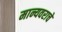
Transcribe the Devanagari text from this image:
मान्यवराचे